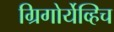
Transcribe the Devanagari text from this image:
ग्रिगोर्येव्हिच